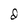
Character: d